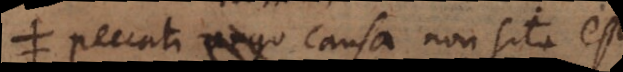
Peccati tamen causa non sita est